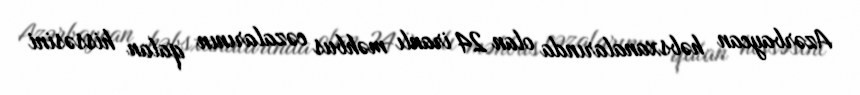
Azərbaycan həbsxanalarında olan 24 iranlı məhbus cəzalarının qalan hissəsini